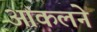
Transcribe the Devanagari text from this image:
आकलने